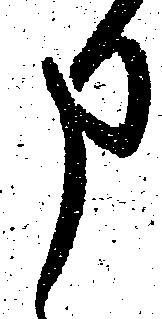
申